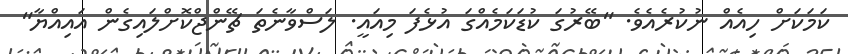
ކަމަކަށް ހިއެއް ނުކުރެއެވެ. "ބޭރުގަ ކުޑަކަމެއްގަ އުޅެފަ މިއައީ. ލަސްވާނެތަ ޗޭންޖްކޮށްލައިގެން އައިއްޔާ"